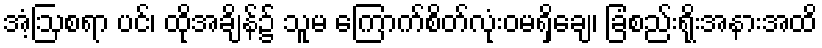
အံ့ဩစရာ ပင်၊ ထိုအချိန်၌ သူမ ကြောက်စိတ်လုံးဝမရှိချေ၊ ခြံစည်းရိုးအနားအထိ